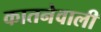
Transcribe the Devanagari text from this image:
कातनेवाली